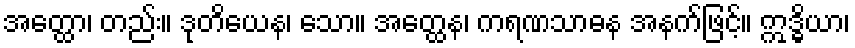
အတ္ထော၊ တည်း။ ဒုတိယေန၊ သော။ အတ္ထေန၊ ကရဏသာဓန အနက်ဖြင့်။ ဣဒ္ဓိယာ၊